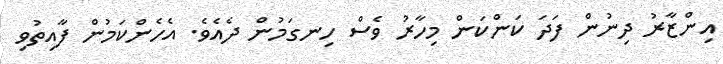
އިންޒާރު ދިނުން ފަދަ ކަންކަން މިހާރު ވެސް ހިނގަމުން ދެއެވެ. އެހެންކަމުން ފާއިތުވި